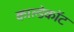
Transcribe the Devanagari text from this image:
काल्डेकॉट